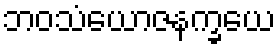
ဘဝသံယောဇနက္ခယေ